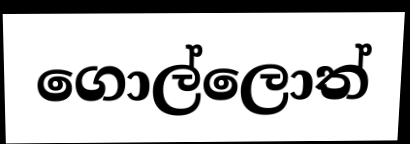
ගොල්ලොත්